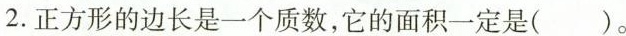
2.正方形的边长是一个质数，它的面积一定是( )。